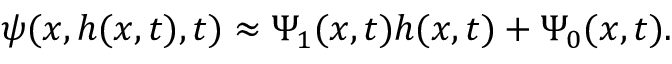
\psi ( x , h ( x , t ) , t ) \approx \Psi _ { 1 } ( x , t ) h ( x , t ) + \Psi _ { 0 } ( x , t ) .